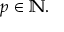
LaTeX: p \in \mathbb { N } .